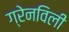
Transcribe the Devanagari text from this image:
ग्रेनविली